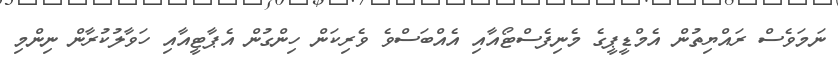
ނަމަވެސް ރައްޔިތުން އެމްޑީޕީގެ މެނިފެސްޓޯއާއި އެއްބަސްވެ ވެރިކަން ހިންގުން އެޕާޓީއާއި ހަވާލުކުރާން ނިންމި